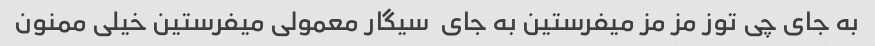
به جای چی توز مز مز میفرستین به جای  سیگار معمولی میفرستین خیلی ممنون